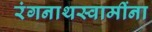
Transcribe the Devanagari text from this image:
रंगनाथस्वामींना